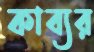
কাব্যর